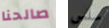
صالحنا سلس